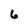
Character: 6